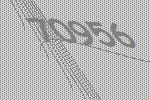
70956